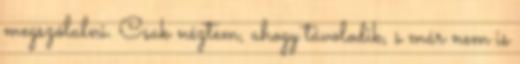
megszólalni. Csak néztem, ahogy távolodik, s már nem is